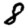
Digit: 8